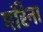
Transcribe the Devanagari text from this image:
मॉरेना